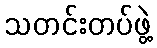
သတင်းတပ်ဖွဲ့